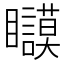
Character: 𱳚